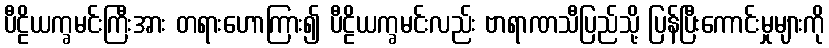
ပီဠိယက္ခမင်းကြီးအား တရားဟောကြား၍ ပီဠိယက္ခမင်းလည်း ဗာရာဏသီပြည်သို့ ပြန်ပြီးကောင်းမှုများကို